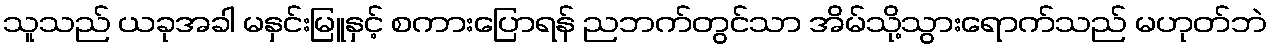
သူသည် ယခုအခါ မနှင်းမြူနှင့် စကားပြောရန် ညဘက်တွင်သာ အိမ်သို့သွားရောက်သည် မဟုတ်ဘဲ